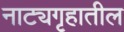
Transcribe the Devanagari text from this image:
नाट्यगृहातील